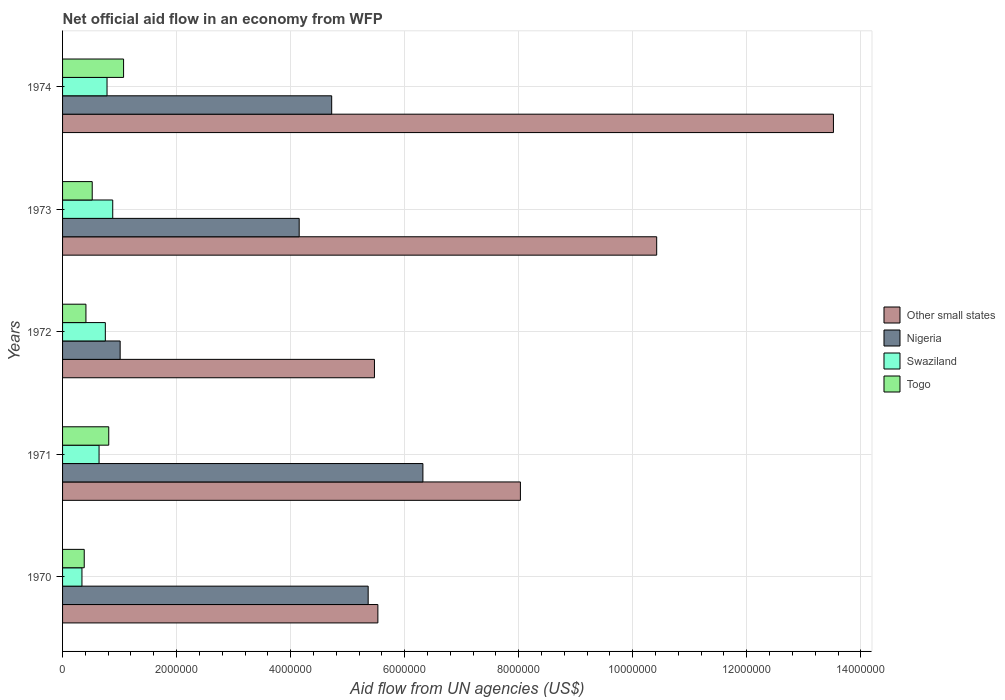
| Years | Other small states | Nigeria | Swaziland | Togo |
 | --- | --- | --- | --- | --- |
 | 1970 | 5.53e+06 | 5.36e+06 | 3.4e+05 | 3.8e+05 |
 | 1971 | 8.03e+06 | 6.32e+06 | 6.4e+05 | 8.1e+05 |
 | 1972 | 5.47e+06 | 1.01e+06 | 7.5e+05 | 4.1e+05 |
 | 1973 | 1.04e+07 | 4.15e+06 | 8.8e+05 | 5.2e+05 |
 | 1974 | 1.35e+07 | 4.72e+06 | 7.8e+05 | 1.07e+06 |